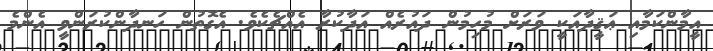
އީމާންކަމާއި ޢަޤީދާއަކީ ވަރަށް މުހިމުން ދައުރެއް އަދާކުރާ އެއްޗެކެވެ. އެގޮތުން ހަނދާންކުރަންވީ އެންމެ